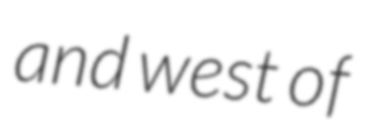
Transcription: and west of